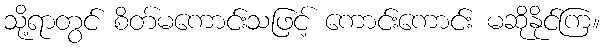
သို့ရာတွင် စိတ်မကောင်းသဖြင့် ကောင်းကောင်း မဆိုနိုင်ကြ။